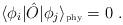
LaTeX: \begin{align*}\langle\phi_i|\hat{O}|\phi_j\rangle_{\mbox{\tiny phy}} =0 \ .\end{align*}